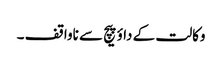
وکالت کے داؤ پیچ سے ناواقف ۔